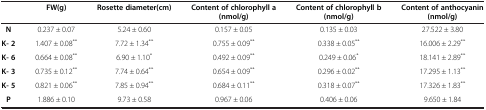
<table><thead><tr><td><b> </b></td><td><b>FW(g)</b></td><td><b>Rosette diameter(cm)</b></td><td><b>Content of chlorophyll a (nmol/g)</b></td><td><b>Content of chlorophyll b (nmol/g)</b></td><td><b>Content of anthocyanin (nmol/g)</b></td></tr></thead><tbody><tr><td><b>N</b></td><td>0.237 ± 0.07</td><td>5.24 ± 0.60</td><td>0.157 ± 0.05</td><td>0.135 ± 0.03</td><td>27.522 ± 3.80</td></tr><tr><td><b>K- 2</b></td><td>1.407 ± 0.08<sup>**</sup></td><td>7.72 ± 1.34<sup>**</sup></td><td>0.755 ± 0.09<sup>**</sup></td><td>0.338 ± 0.05<sup>**</sup></td><td>16.006 ± 2.29<sup>**</sup></td></tr><tr><td><b>K- 6</b></td><td>0.664 ± 0.08<sup>**</sup></td><td>6.90 ± 1.10<sup>*</sup></td><td>0.492 ± 0.09<sup>**</sup></td><td>0.249 ± 0.06<sup>*</sup></td><td>18.141 ± 2.89<sup>**</sup></td></tr><tr><td><b>K- 3</b></td><td>0.735 ± 0.12<sup>**</sup></td><td>7.74 ± 0.64<sup>**</sup></td><td>0.654 ± 0.09<sup>**</sup></td><td>0.296 ± 0.02<sup>**</sup></td><td>17.295 ± 1.13<sup>**</sup></td></tr><tr><td><b>K- 5</b></td><td>0.821 ± 0.06<sup>**</sup></td><td>7.85 ± 0.94<sup>**</sup></td><td>0.684 ± 0.11<sup>**</sup></td><td>0.318 ± 0.07<sup>**</sup></td><td>17.326 ± 1.83<sup>**</sup></td></tr><tr><td><b>P</b></td><td>1.886 ± 0.10</td><td>9.73 ± 0.58</td><td>0.967 ± 0.06</td><td>0.406 ± 0.06</td><td>9.650 ± 1.84</td></tr></tbody></table>